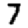
Digit: 7